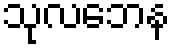
သုလဘေန